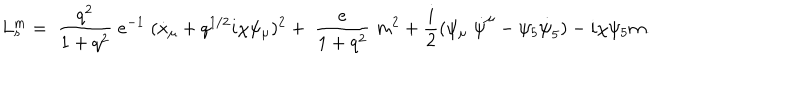
L _ { s } ^ { m } = \; \frac { q ^ { 2 } } { 1 + q ^ { 2 } } \; e ^ { - 1 } \; ( \dot { x } _ { \mu } + q ^ { 1 / 2 } i \chi \psi _ { \mu } ) ^ { 2 } + \; \frac { e } { 1 + q ^ { 2 } } \; m ^ { 2 } + \frac { i } { 2 } ( \psi _ { \mu } \; \dot { \psi } ^ { \mu } - \psi _ { 5 } \dot { \psi } _ { 5 } ) - i \chi \psi _ { 5 } m .